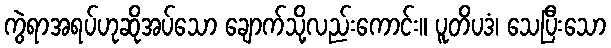
ကွဲရာအရပ်ဟုဆိုအပ်သော ချောက်သို့လည်းကောင်း။ ပူတိပဒံ၊ သေပြီးသော